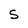
Character: S